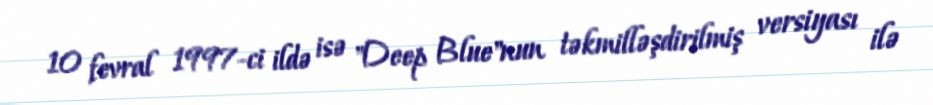
10 fevral 1997-ci ildə isə "Deep Blue"nun təkmilləşdirilmiş versiyası ilə